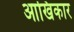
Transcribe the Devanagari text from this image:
आखिकार